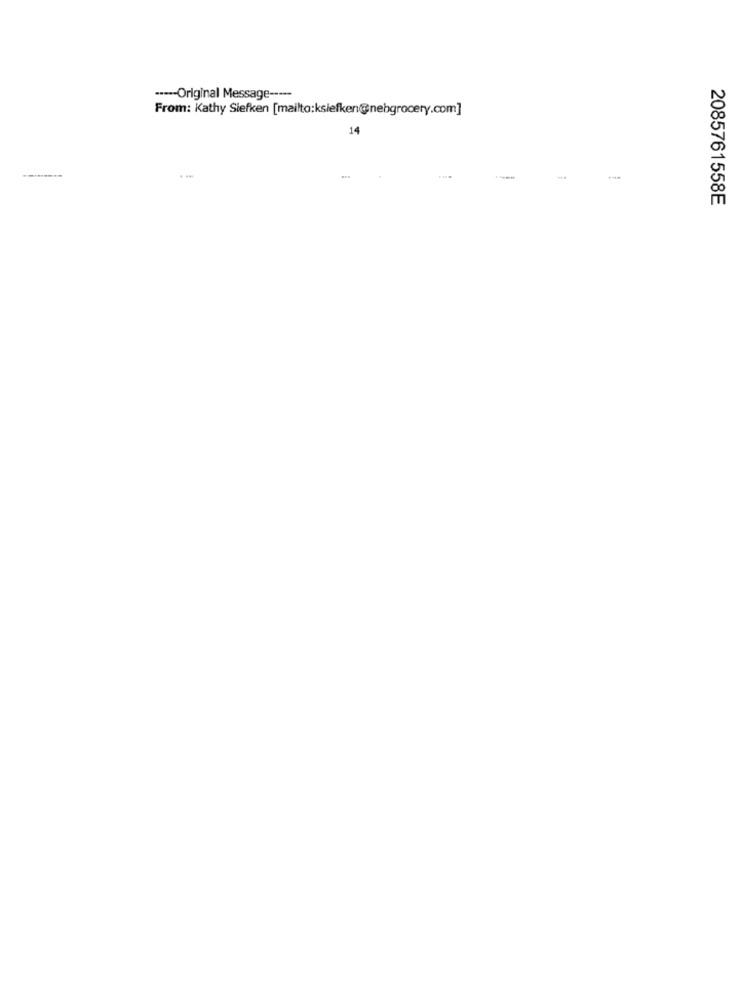
----- Original Message -----
From: Kathy Siefken [mailto:ksiefken@nebgrocery.com]
14
-
2085761558E